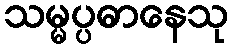
သမ္မပ္ပဓာနေသု